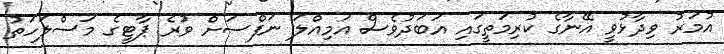
އުމަރު ވިދާޅުވީ އޭނާގެ ކުރިމަތީގައި އަބަދުވެސް އަމިއްލަ ނަފްސަށް ވުރެ ޕާޓީގެ މަސްލަހަތު